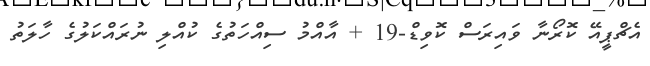
އެޗްޕީއޭ ކޮރޯނާ ވައިރަސް ކޮވިޑް-19 + އާއްމު ސިއްހަތުގެ ކުއްލި ނުރައްކަލުގެ ހާލަތު